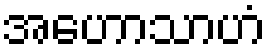
အဟောသာဟံ